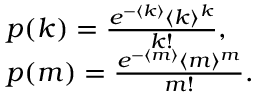
\begin{array} { l } { p ( k ) = \frac { e ^ { - \langle k \rangle } \langle k \rangle ^ { k } } { k ! } , } \\ { p ( m ) = \frac { e ^ { - \langle m \rangle } \langle m \rangle ^ { m } } { m ! } . } \end{array}